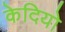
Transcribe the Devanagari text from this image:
केदियो